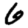
Digit: 6